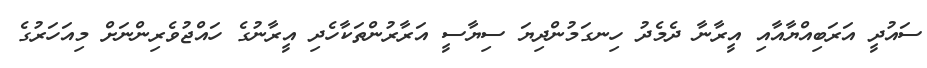
ސައުދީ އަރަބިއްޔާއާއި އީރާނާ ދެމެދު ހިނގަމުންދިޔަ ސިޔާސީ އަރާރުންތަކާހެދި އީރާނުގެ ހައްޖުވެރިންނަށް މިއަހަރުގެ